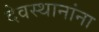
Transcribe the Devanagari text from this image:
देवस्थानांना